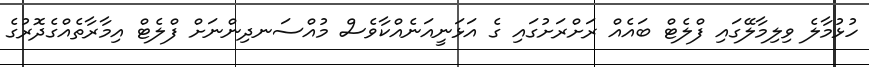
ހުޅުމާލެ ވިލިމާލޭގައި ފްލެޓް ބައެއް ރަށްރަށުގައި ގެ އަޅަނީއަނެއްކާވެސް މުއްސަނދިންނަށް ފްލެޓް އިމާރާތެއްގެދޮރުގެ